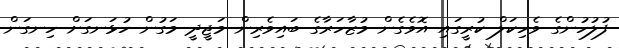
ފުލުހުންގެ ވެހިކަލް ކުރީގައި އޮވެގެން މުޒާހަރާގެ ބައިވެރިން މަޖީދީ މަގުން ހުޅަނގަށް ހިނގަން